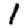
Digit: 1